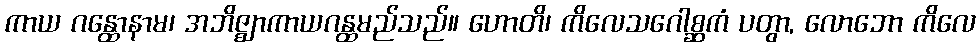
ကာယ ဂန္ထောနာမ၊ အဘိဇ္ဈာကာယဂန္ထမည်သည်။ ဟောတိ၊ ကိလေသဂေါစ္ဆကံ ပတွာ, လောဘော ကိလေ